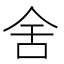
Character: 舍